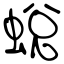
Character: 蛻